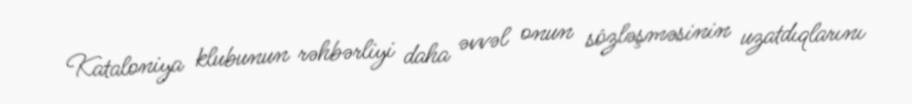
Kataloniya klubunun rəhbərliyi daha əvvəl onun sözləşməsinin uzatdıqlarını